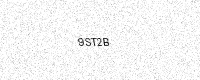
Text: 9ST2B